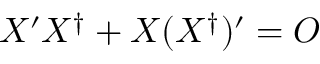
X ^ { \prime } X ^ { \dag } + X ( X ^ { \dag } ) ^ { \prime } = O